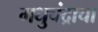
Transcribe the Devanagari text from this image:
मधुचंद्राचा